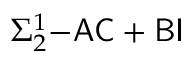
\Sigma _ { 2 } ^ { 1 } { \mathrm { - } } { \mathsf { A C } } + { \mathsf { B I } }